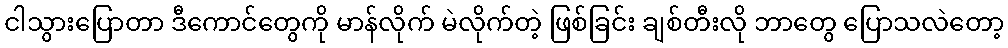
ငါသွားပြောတာ ဒီကောင်တွေကို မာန်လိုက် မဲလိုက်တဲ့ ဖြစ်ခြင်း ချစ်တီးလို ဘာတွေ ပြောသလဲတော့